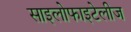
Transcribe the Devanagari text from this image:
साइलोफाइटेलीज